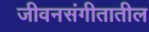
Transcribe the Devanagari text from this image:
जीवनसंगीतातील